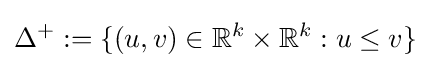
\Delta ^{+}:=\{(u,v)\in \mathbb {R} ^{k}\times \mathbb {R} ^{k}:u\leq v\}